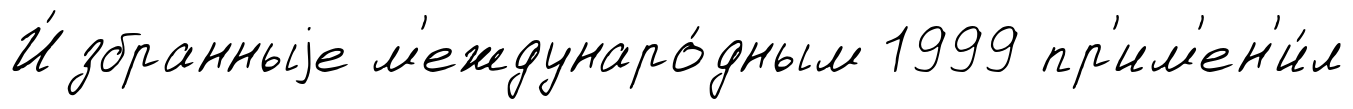
И́збранныjе м'еждунаро́дным 1999 пр'им'ен'и́л